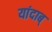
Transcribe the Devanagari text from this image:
यांदाब्